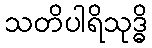
သတိပါရိသုဒ္ဓိ